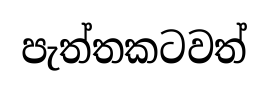
පැත්තකටවත්